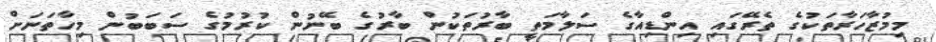
މިމުޒާހަރާތަކުގެ ތެރޭގައި އިންޑިއާގެ ސަލާމަތީ ބާރުތަކުން ބާރުގެ ބޭނުން ކުރުމުގެ ސަބަބުން މިހާތަނަށް